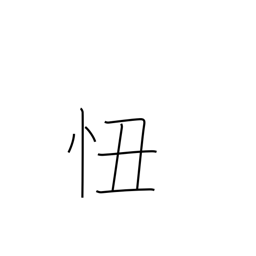
Meaning: shame